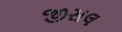
જીસલ